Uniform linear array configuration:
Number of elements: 8
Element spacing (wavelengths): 0.25
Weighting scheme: uniform
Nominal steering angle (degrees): -45
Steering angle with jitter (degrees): -44.861
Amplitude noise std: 0.05
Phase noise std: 0.05

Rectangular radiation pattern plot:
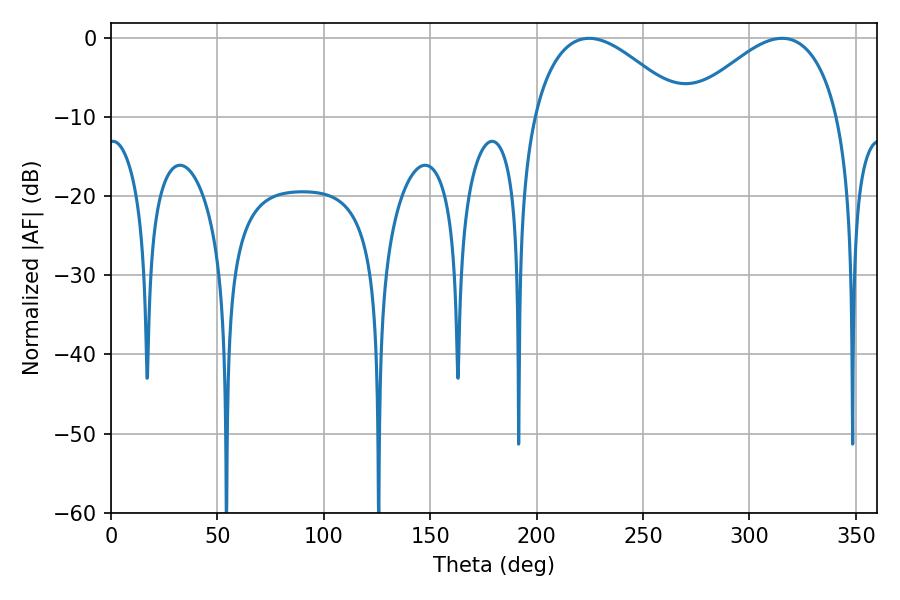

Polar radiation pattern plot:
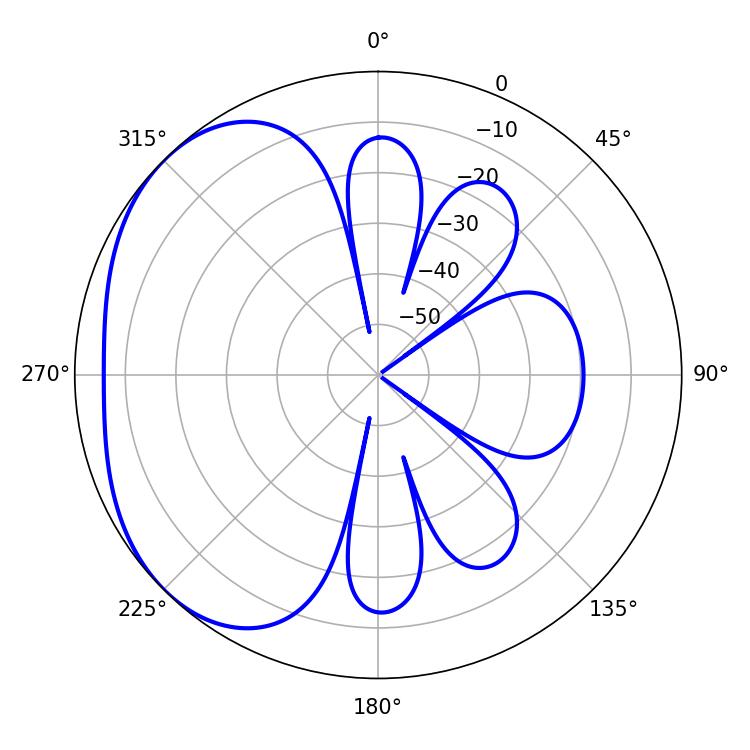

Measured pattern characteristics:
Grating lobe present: FALSE
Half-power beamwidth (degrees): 38.88
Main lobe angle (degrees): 224.64